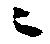
ニ